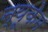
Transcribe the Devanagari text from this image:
न्यूकेम